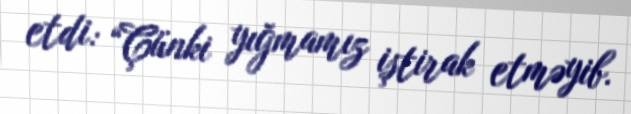
etdi: “Çünki yığmamız iştirak etməyib.